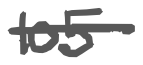
Text: 105
Cross-out: single-line
Writing tool: digital_gray